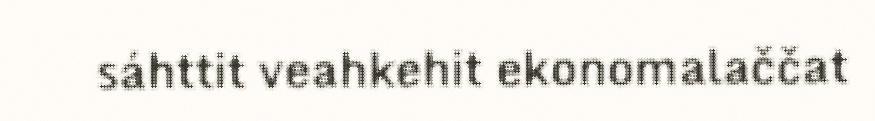
sáhttit veahkehit ekonomalaččat